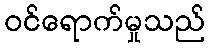
ဝင်ရောက်မှုသည်